Annual statistical returns and brief notes on vaccination in Bengal - 1896-1909
Year: 1896
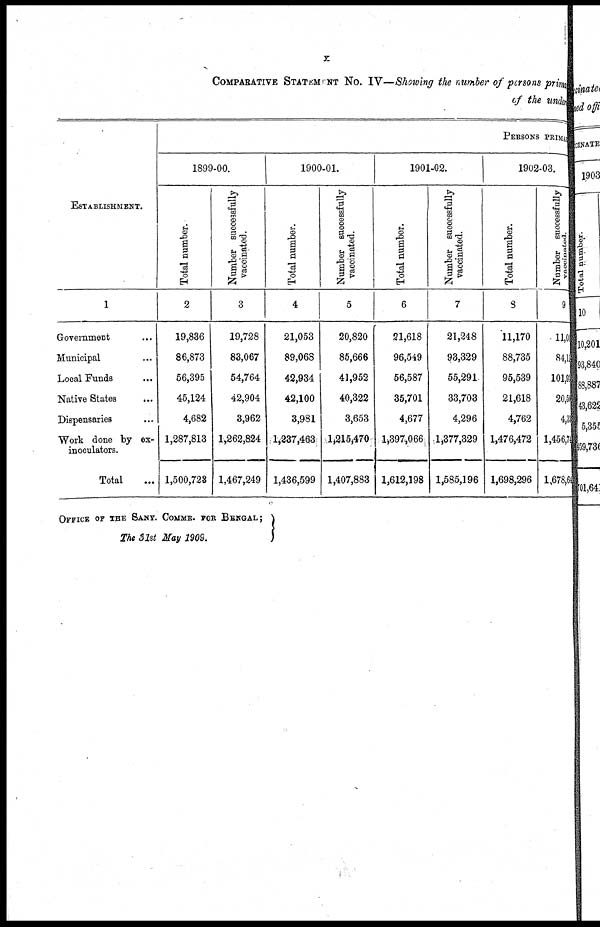
x
COMPARATIVE STATEMENT NO. IV—Showing the number of persons prima
of the under
ESTABLISHMENT.
1
Government ...
Municipal ...
Local Funds ...
Native States ...
Dispensaries ...
Work done by ex-
inoculators.
Total ...
PERSONS PRIMARY
1899-00.
Total number.
2
19,836
86,873
56,395
45,124
4,682
1,287,813
1,500,723
Number suceessfully
vaccinated.
3
19,728
83,067
54,764
42,904
3,962
1,262,824
1,467,249
1900-01.
Total number.
4
21,053
89,068
42,934
42,100
3,981
1,237,463
1,436,599
Number successfully
vaccinated.
5
20,820
85,666
41,952
40,322
3,653
1,215,470
1,407,883
1901-02.
Total number.
6
21,618
96,549
56,587
35,701
4,677
1,397,066
1,612,198
Number successfully
vaccinated.
7
21,248
93,329
55,291
33,703
4,296
1,377,329
1,585,196
1902-03.
Total number.
8
11,170
88,735
95,539
21,618
4,762
1,476,472
1,698,296
Number successfully
vaccinated.
9
11,00
84,11
101,93
20,50
4,33
1,456,74
1,678,64
OFFICE OF THE SANY. COMMR. FOR BENGAL;
The 31st May 1909.